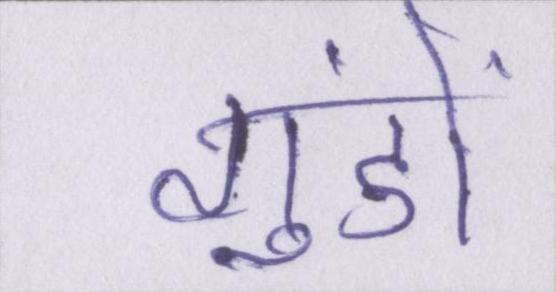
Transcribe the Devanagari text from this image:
गुंडों